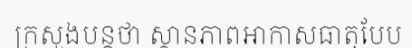
ក្រសួងបន្តថា ស្ថានភាពអាកាសធាតុបែប